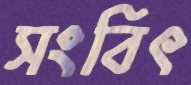
সংবিৎ